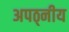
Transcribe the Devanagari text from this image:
अपठ्नीय